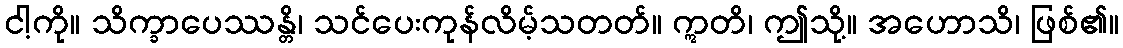
ငါ့ကို။ သိက္ခာပေဿန္တိ၊ သင်ပေးကုန်လိမ့်သတတ်။ ဣတိ၊ ဤသို့။ အဟောသိ၊ ဖြစ်၏။